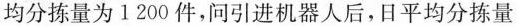
均分拣量为1200件，问引进机器人后，日平均分拣量